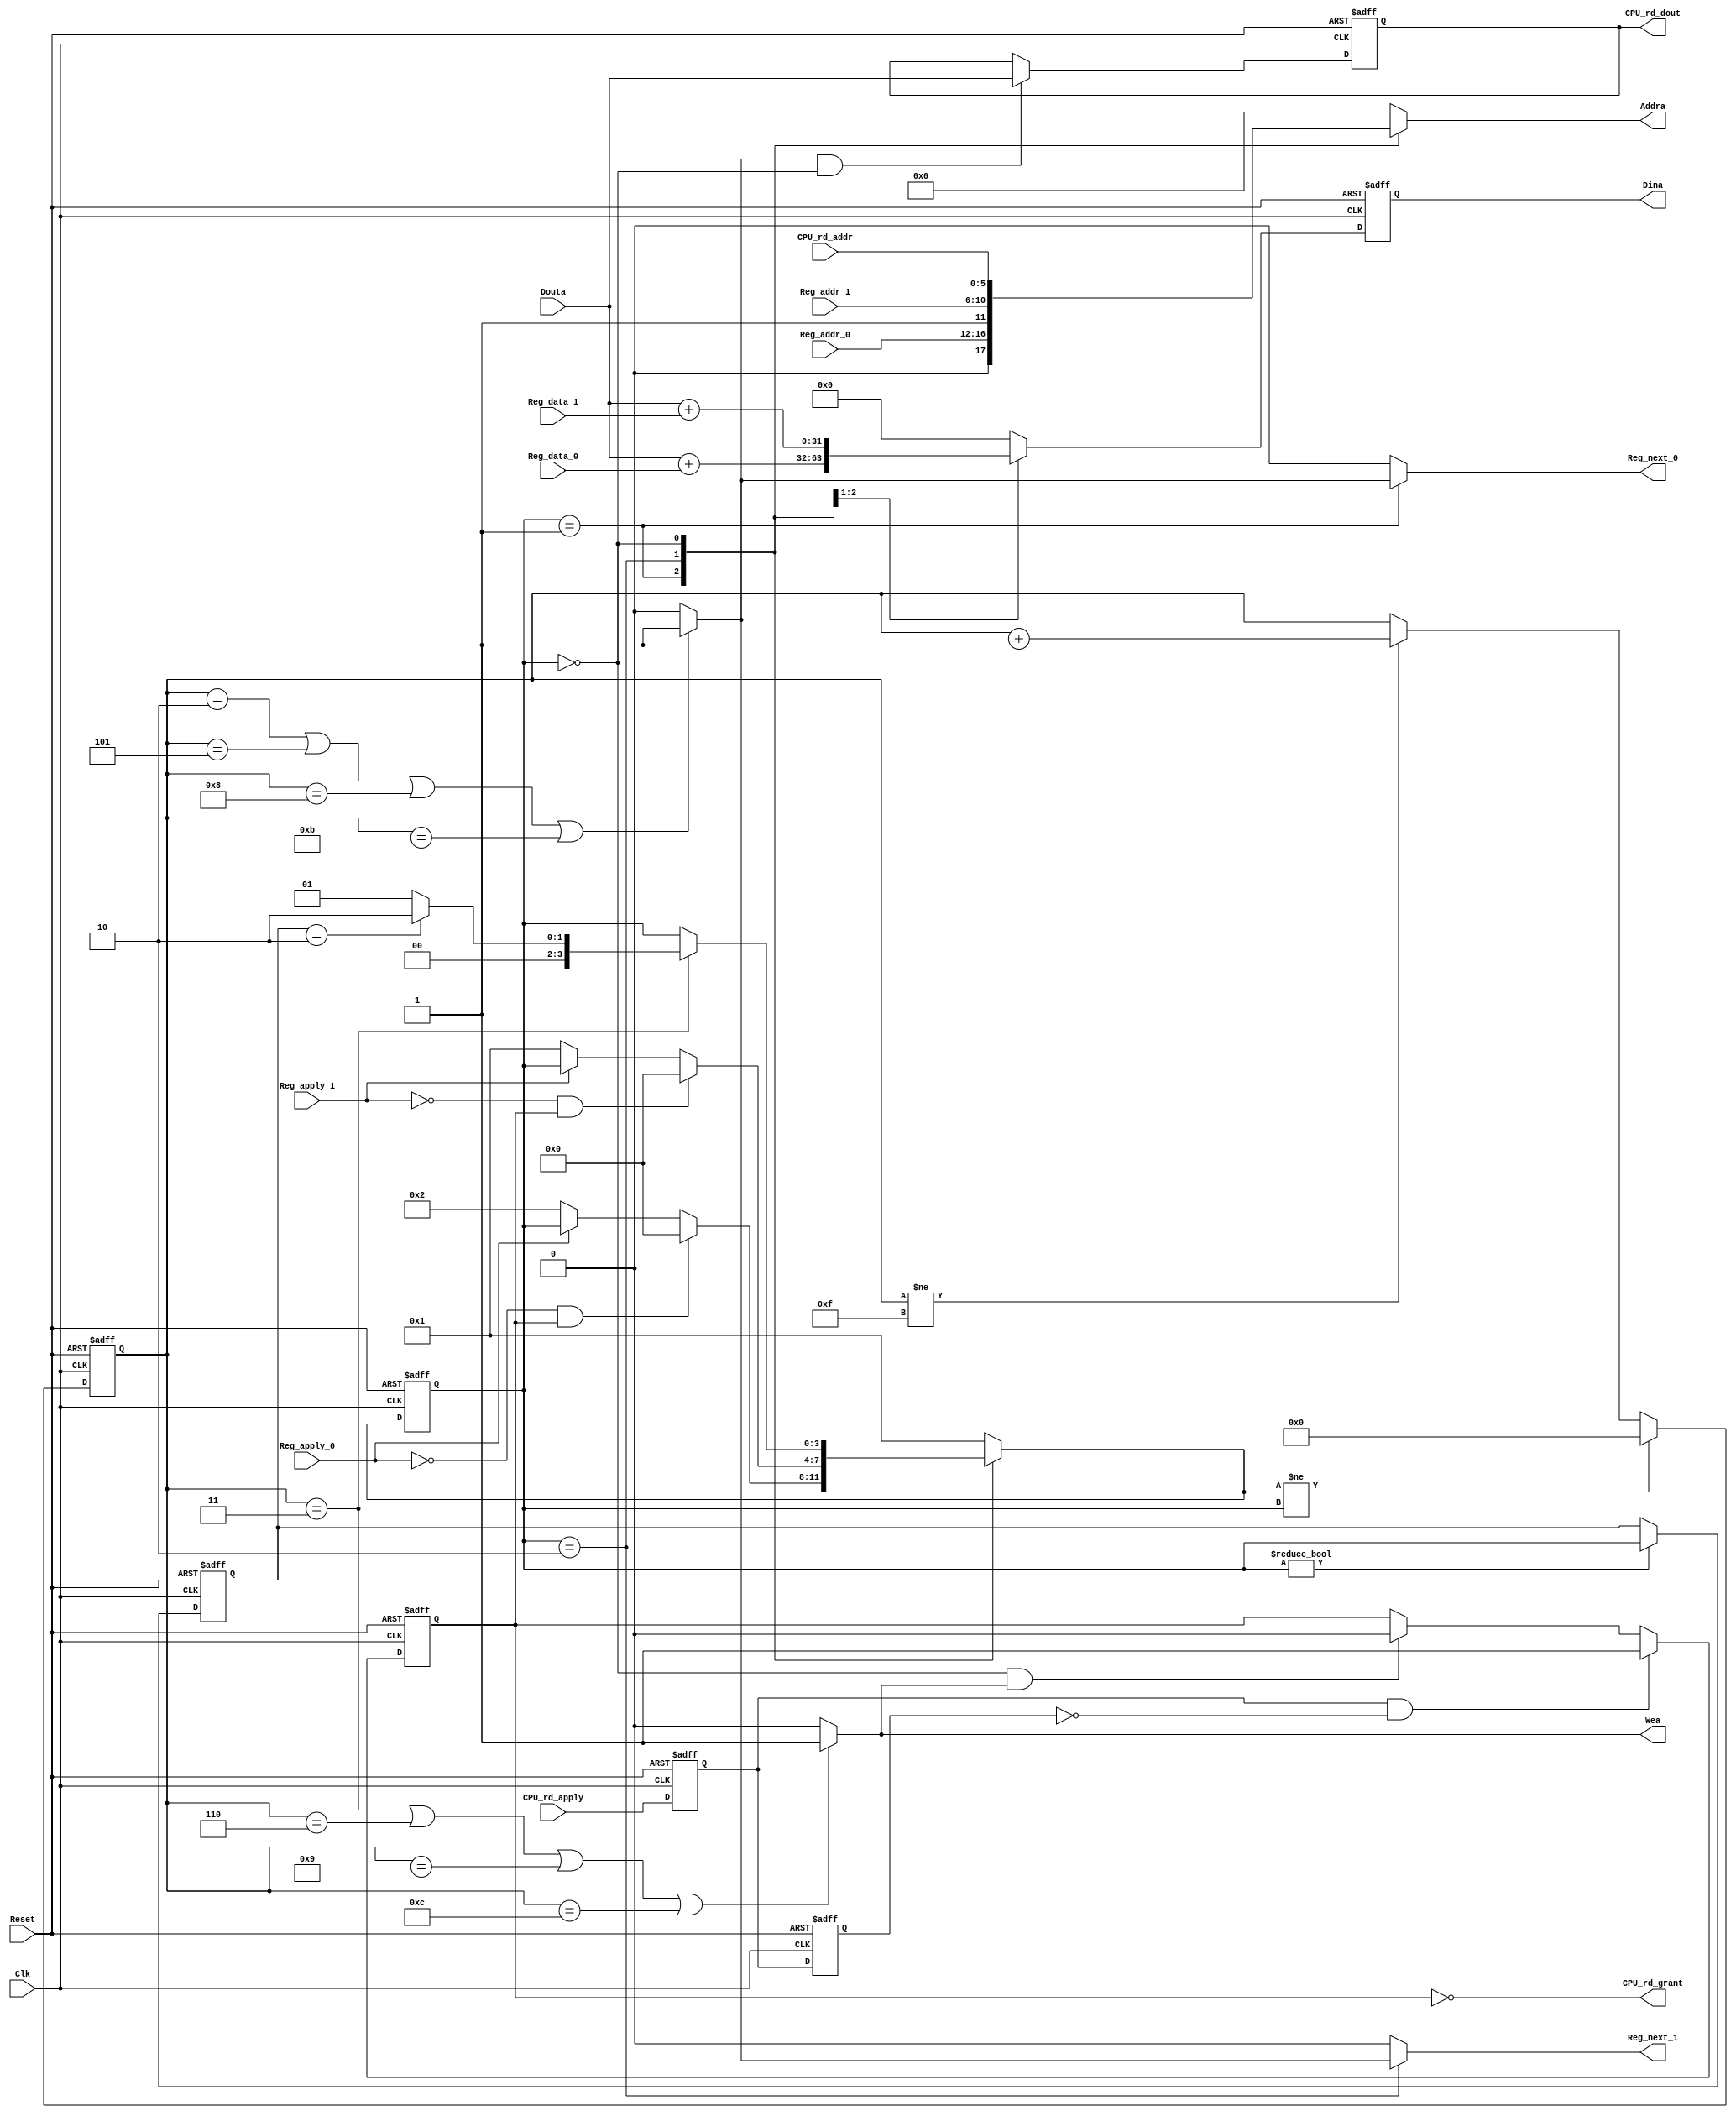
//////////////////////////////////////////////////////////////////////
////                                                              ////
////  RMON_CTRL.v                                             ////
////                                                              ////
////  This file is part of the Ethernet IP core project           ////
////  http://www.opencores.org/projects.cgi/web/ethernet_tri_mode/////
////                                                              ////
////  Author(s):                                                  ////
////      - Jon Gao (gaojon@yahoo.com)                            ////
////                                                              ////
////                                                              ////
//////////////////////////////////////////////////////////////////////
////                                                              ////
//// Copyright (C) 2001 Authors                                   ////
////                                                              ////
//// This source file may be used and distributed without         ////
//// restriction provided that this copyright statement is not    ////
//// removed from the file and that any derivative work contains  ////
//// the original copyright notice and the associated disclaimer. ////
////                                                              ////
//// This source file is free software; you can redistribute it   ////
//// and/or modify it under the terms of the GNU Lesser General   ////
//// Public License as published by the Free Software Foundation; ////
//// either version 2.1 of the License, or (at your option) any   ////
//// later version.                                               ////
////                                                              ////
//// This source is distributed in the hope that it will be       ////
//// useful, but WITHOUT ANY WARRANTY; without even the implied   ////
//// warranty of MERCHANTABILITY or FITNESS FOR A PARTICULAR      ////
//// PURPOSE.  See the GNU Lesser General Public License for more ////
//// details.                                                     ////
////                                                              ////
//// You should have received a copy of the GNU Lesser General    ////
//// Public License along with this source; if not, download it   ////
//// from http://www.opencores.org/lgpl.shtml                     ////
////                                                              ////
//////////////////////////////////////////////////////////////////////
//                                                                    
// CVS Revision History                                               
//                                                                    
// $Log: not supported by cvs2svn $
// Revision 1.3  2006/01/19 14:07:55  maverickist
// verification is complete.
//
// Revision 1.2  2005/12/16 06:44:19  Administrator
// replaced tab with space.
// passed 9.6k length frame test.
//
// Revision 1.1.1.1  2005/12/13 01:51:45  Administrator
// no message
//  
module RMON_CTRL (
Clk             ,      
Reset           ,      
//RMON_CTRL        
Reg_apply_0     ,      
Reg_addr_0      ,      
Reg_data_0      ,      
Reg_next_0      ,      
Reg_apply_1     ,      
Reg_addr_1      ,      
Reg_data_1      ,      
Reg_next_1      ,      
//dual-port ram
Addra               ,  
Dina                ,  
Douta               ,  
Wea                 ,  
//CPU                  
CPU_rd_addr     ,  
CPU_rd_apply        ,  
CPU_rd_grant        ,
CPU_rd_dout

);
input           Clk             ;
input           Reset           ;
                //RMON_CTRL
input           Reg_apply_0     ;
input   [4:0]   Reg_addr_0      ;
input   [15:0]  Reg_data_0      ;
output          Reg_next_0      ;
input           Reg_apply_1     ;
input   [4:0]   Reg_addr_1      ;
input   [15:0]  Reg_data_1      ;
output          Reg_next_1      ;
                //dual-port ram 
                //port-a for Rmon  
output  [5:0]   Addra               ;
output  [31:0]  Dina                ;
input   [31:0]  Douta               ;
output          Wea                 ;
                //CPU
input   [5:0]   CPU_rd_addr         ;
input           CPU_rd_apply        ;
output          CPU_rd_grant        ;
output  [31:0]  CPU_rd_dout         ;




//******************************************************************************
//internal signals                                                              
//******************************************************************************

parameter       StateCPU        =4'd00;
parameter       StateMAC0       =4'd01;
parameter       StateMAC1       =4'd02;


reg [3:0]       CurrentState /* synthesys syn_keep=1 */;
reg [3:0]       NextState;
reg [3:0]       CurrentState_reg;

reg [4:0]       StepCounter;
reg [31:0]      DoutaReg;
reg [5:0]       Addra               ;
reg [31:0]      Dina;
reg             Reg_next_0      ;
reg             Reg_next_1      ;
reg             Write;
reg             Read;
reg             Pipeline;
reg [31:0]      CPU_rd_dout         ;
reg             CPU_rd_apply_reg    ;
//******************************************************************************
//State Machine                                                            
//******************************************************************************

always @(posedge Clk or posedge Reset)
    if (Reset)
        CurrentState    <=StateMAC0;
    else
        CurrentState    <=NextState;
        
always @(posedge Clk or posedge Reset)
    if (Reset)  
        CurrentState_reg    <=StateMAC0;
    else if(CurrentState!=StateCPU)
        CurrentState_reg    <=CurrentState;
                
always @(CurrentState or CPU_rd_apply_reg or Reg_apply_0 or CurrentState_reg
                                       or Reg_apply_1   
                                       or StepCounter
                                       )
    case(CurrentState)
        StateMAC0:
            if(!Reg_apply_0&&CPU_rd_apply_reg)
                NextState   =StateCPU;
            else if(!Reg_apply_0)
                NextState   =StateMAC1;
            else
                NextState   =CurrentState;
        StateMAC1:
            if(!Reg_apply_1&&CPU_rd_apply_reg)
                NextState   =StateCPU;
            else if(!Reg_apply_1)
                NextState   =StateMAC0;
            else
                NextState   =CurrentState;
        StateCPU:
            if (StepCounter==3)
                case (CurrentState_reg)
                    StateMAC0   :NextState  =StateMAC0 ;
                    StateMAC1   :NextState  =StateMAC1 ;
                    default     :NextState  =StateMAC0;
                endcase
            else
                NextState   =CurrentState;
            
        default:
                NextState   =StateMAC0;
    endcase
                


always @(posedge Clk or posedge Reset)
    if (Reset)
        StepCounter     <=0;
    else if(NextState!=CurrentState)
        StepCounter     <=0;
    else if (StepCounter!=4'hf)
        StepCounter     <=StepCounter + 1;

//******************************************************************************
//temp signals                                                            
//******************************************************************************
always @(StepCounter)
    if( StepCounter==1||StepCounter==4||
        StepCounter==7||StepCounter==10)
        Read    =1;
    else
        Read    =0;

always @(StepCounter or CurrentState)
    if( StepCounter==2||StepCounter==5||
        StepCounter==8||StepCounter==11)
        Pipeline    =1;
    else
        Pipeline    =0;
                
always @(StepCounter or CurrentState)
    if( StepCounter==3||StepCounter==6||
        StepCounter==9||StepCounter==12)
        Write   =1;
    else
        Write   =0;
        
always @(posedge Clk or posedge Reset)
    if (Reset)
        DoutaReg        <=0;
    else if (Read)
        DoutaReg        <=Douta;
        
        
//******************************************************************************
//gen output signals                                                        
//******************************************************************************    
//Addra 
always @(*)
    case(CurrentState)
        StateMAC0 :     Addra={1'd0 ,Reg_addr_0 };
        StateMAC1 :     Addra={1'd1 ,Reg_addr_1 };
        StateCPU:       Addra=CPU_rd_addr;
        default:        Addra=0;
        endcase
    
//Dina
always @(posedge Clk or posedge Reset)
    if (Reset)
        Dina    <=0;
    else 
        case(CurrentState)
            StateMAC0 :     Dina<=Douta+Reg_data_0 ;
            StateMAC1 :     Dina<=Douta+Reg_data_1 ;
            StateCPU:       Dina<=0;
            default:        Dina<=0;
        endcase
    
assign  Wea     =Write;
//Reg_next
always @(CurrentState or Pipeline)
    if(CurrentState==StateMAC0)
        Reg_next_0  =Pipeline;
    else
        Reg_next_0  =0;
    
always @(CurrentState or Pipeline)
    if(CurrentState==StateMAC1)
        Reg_next_1  =Pipeline;
    else
        Reg_next_1  =0;     


//CPU_rd_grant   
reg     CPU_rd_apply_dl1;
reg     CPU_rd_apply_dl2;
//rising edge
always @ (posedge Clk or posedge Reset)
    if (Reset)
        begin
        CPU_rd_apply_dl1        <=0;
        CPU_rd_apply_dl2        <=0;
        end
    else
        begin
        CPU_rd_apply_dl1        <=CPU_rd_apply;
        CPU_rd_apply_dl2        <=CPU_rd_apply_dl1;
        end     

always @ (posedge Clk or posedge Reset)
    if (Reset)
        CPU_rd_apply_reg    <=0;
    else if (CPU_rd_apply_dl1&!CPU_rd_apply_dl2)
        CPU_rd_apply_reg    <=1;
    else if (CurrentState==StateCPU&&Write)
        CPU_rd_apply_reg    <=0;

assign CPU_rd_grant =!CPU_rd_apply_reg;

always @ (posedge Clk or posedge Reset)
    if (Reset)
        CPU_rd_dout     <=0;
    else if (Pipeline&&CurrentState==StateCPU)
        CPU_rd_dout     <=Douta;        

endmodule